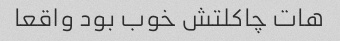
هات چاکلتش خوب بود واقعا